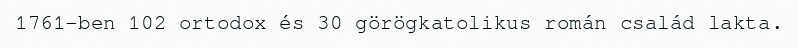
1761-ben 102 ortodox és 30 görögkatolikus román család lakta.